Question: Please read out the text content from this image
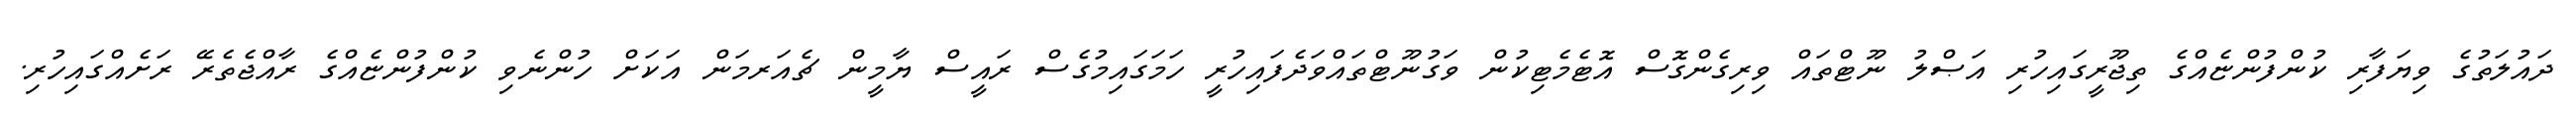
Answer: ދައުލަތުގެ ވިޔަފާރި ކުންފުންޏެއްގެ ތިޖޫރީގައިހުރި އަޞްލު ނޫޓްތައް ވިރިގެންގޮސް އޮޓެމެޓިކުން ވަގުނޫޓްތައްވަދެފައިހުރީ ހަމަގައިމުގެސް ރައީސް ޔާމީން ޗެއަރމަން އަކަށް ހުންނެވި ކުންފުންޏެއްގެ ރާއްޖެތެރޭ ރަށެއްގައިހުރި.